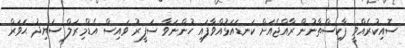
ސޮއިކުރެއްވީ ޕާކިސްތާނުން ރާއްޖެއަށް ކަނޑައަޅުއްވާފައި ހުންނަވާ ސަފީރު ވައިސް އެޑްމިރަލް ސަޔިދު ޙަވަރް